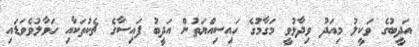
އަދީބުގެ ވަކީލު މިއަދު ވިދާޅުވީ މަގާމުގެ ހައިސިއްޔަތުން އަދީބު ފައިސާގެ ޗެކުތަކާއި ހަވާލުވެވަޑައި